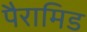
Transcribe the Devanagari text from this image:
पैरामिड